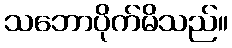
သဘောပိုက်မိသည်။